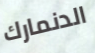
الدنمارك